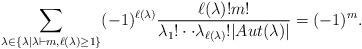
LaTeX: \begin{align*}\sum_{\lambda\in\{\lambda|\lambda\vdash m, \ell(\lambda)\geq 1\}}(-1)^{\ell(\lambda)}\frac{\ell(\lambda)!m!}{\lambda_{1}!\cdot\cdot\lambda_{\ell(\lambda)}!|Aut(\lambda)|}=(-1)^m.\end{align*}